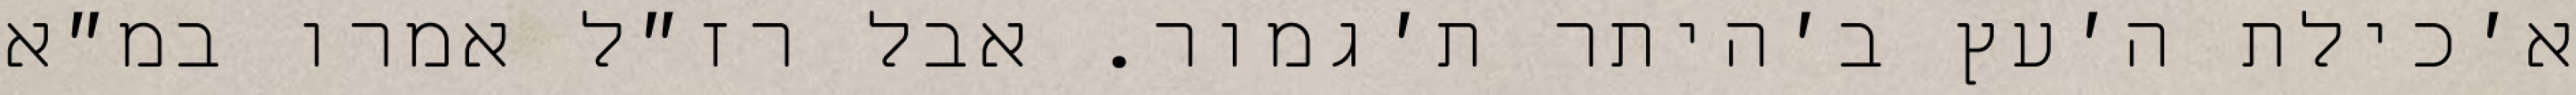
א׳כילת ה׳עץ ב׳היתר ת׳גמור. אבל רז״ל אמרו במ״א